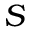
S